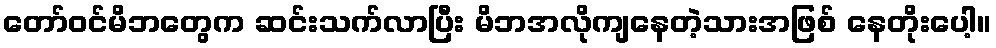
တော်ဝင်မိဘတွေက ဆင်းသက်လာပြီး မိဘအလိုကျနေတဲ့သားအဖြစ် နေတိုးပေါ့။